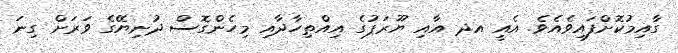
ގާއިމުކޮށްފައިވެއެވެ. އެއީ އދ އާއި ޔޫރަޕުގެ އިއްތިހާދާއި މިހެންގޮސް ދުނިޔޭގެ ވަރަށް ގިނަ